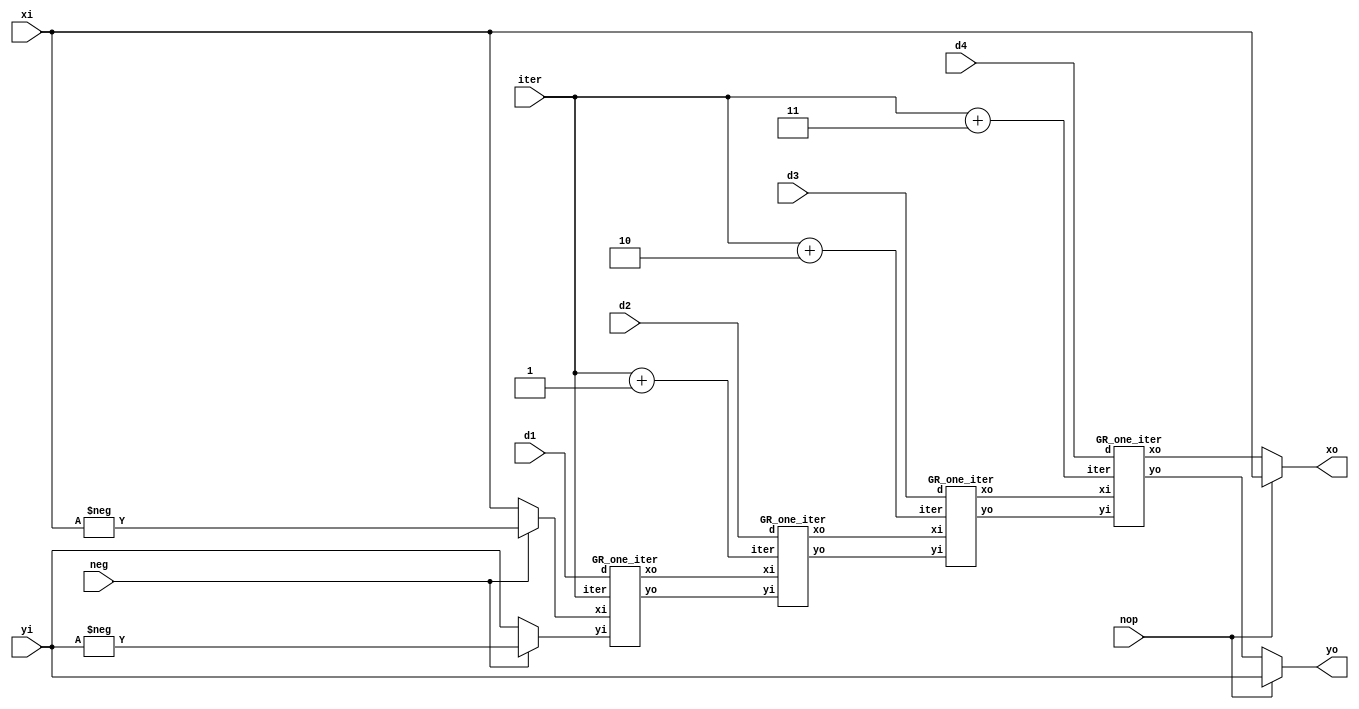
module GR #(
	parameter R_LEN  = 12,
	parameter R_FRAC = 2
)(	
	input						nop,
	input	signed 	[R_LEN-1:0] xi,
	input	signed 	[R_LEN-1:0] yi,
	input			[3:0] 		iter,
	input			[1:0] 		d1,
	input			[1:0] 		d2,
	input			[1:0] 		d3,
	input			[1:0] 		d4,
	input						neg,
	
	output	signed 	[R_LEN-1:0]	xo,
	output	signed 	[R_LEN-1:0]	yo
);

wire signed [R_LEN-1:0]	xi_0 = neg ? -xi : xi;
wire signed [R_LEN-1:0]	yi_0 = neg ? -yi : yi;
	 
wire signed [R_LEN-1:0]	xo_1;
wire signed [R_LEN-1:0]	yo_1;

wire signed [R_LEN-1:0]	xo_2;
wire signed [R_LEN-1:0]	yo_2;
					
wire signed [R_LEN-1:0]	xo_3;
wire signed [R_LEN-1:0]	yo_3;

wire signed [R_LEN-1:0]	xo_4;
wire signed [R_LEN-1:0]	yo_4;

wire [3:0] iter_1 = iter;
wire [3:0] iter_2 = iter + 4'd1;
wire [3:0] iter_3 = iter + 4'd2;
wire [3:0] iter_4 = iter + 4'd3;

assign xo = nop ? xi : xo_4;
assign yo = nop ? yi : yo_4;

GR_one_iter GR_one_iter_inst_1(	
	.xi		(xi_0	),
	.yi  	(yi_0	),
	.iter	(iter_1	),
	.d   	(d1		),
	.xo  	(xo_1	),
	.yo  	(yo_1	)
);

GR_one_iter GR_one_iter_inst_2(	
	.xi		(xo_1	),
	.yi  	(yo_1	),
	.iter	(iter_2	),
	.d   	(d2		),
	.xo  	(xo_2	),
	.yo  	(yo_2	)
);

GR_one_iter GR_one_iter_inst_3(	
	.xi		(xo_2	),
	.yi  	(yo_2	),
	.iter	(iter_3	),
	.d   	(d3		),
	.xo  	(xo_3	),
	.yo  	(yo_3	)
);

GR_one_iter GR_one_iter_inst_4(	
	.xi		(xo_3	),
	.yi  	(yo_3	),
	.iter	(iter_4	),
	.d   	(d4		),
	.xo  	(xo_4	),
	.yo  	(yo_4	)
);


endmodule


module GR_one_iter #(
	parameter R_LEN  = 12,
	parameter R_FRAC = 2
)
(	input        signed [R_LEN-1:0] 	xi,
	input        signed [R_LEN-1:0] 	yi,
	input				[3:0] 			iter,
	input				[1:0] 			d,
	output  reg  signed [R_LEN-1:0]		xo,
	output  reg  signed [R_LEN-1:0]		yo
);

always @(*) begin
	if(d == 2'd2) begin
        xo = xi;
		yo = yi;
    end
	else if(d == 2'd1) begin
		xo = xi - (yi >>> iter);
		yo = yi + (xi >>> iter);
	end
	else begin
		xo = xi + (yi >>> iter);
		yo = yi - (xi >>> iter);
	end
end

endmodule